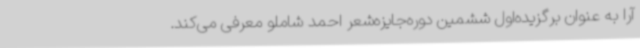
آرا به عنوان برگزیده‌اول ششمین دوره‌جایزه‌شعر احمد شاملو معرفی می‌کند.